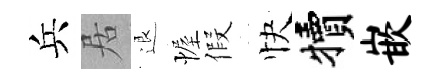
兵居退幄假快犢嵌